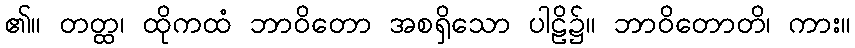
၏။ တတ္ထ၊ ထိုကထံ ဘာဝိတော အစရှိသော ပါဠိ၌။ ဘာဝိတောတိ၊ ကား။